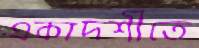
একাদশীতে